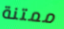
ممتنة